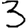
Digit: 3